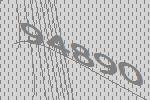
94890